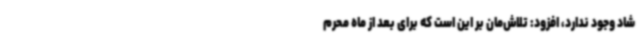
شاد وجود ندارد، افزود: تلاش‌مان بر این است که برای بعد از ماه محرم